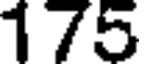
175